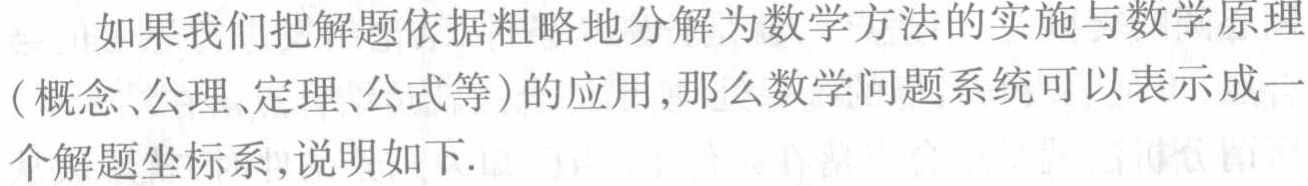
如果我们把解题依据粗略地分解为数学方法的实施与数学原理（概念、公理、定理、公式等）的应用，那么数学问题系统可以表示成一个解题坐标系,说明如下.